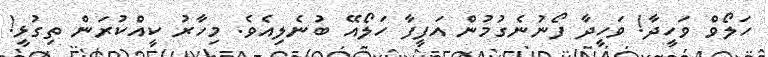
ހަލޯވް ވަހީދާ! ވަހީދާ ފޯނުނެގުމުން އަފީފާ ހަލޯއޭ ބުނެލިއެވެ. މިހާރު ކީއްކުރަން ތިގުޅީ!